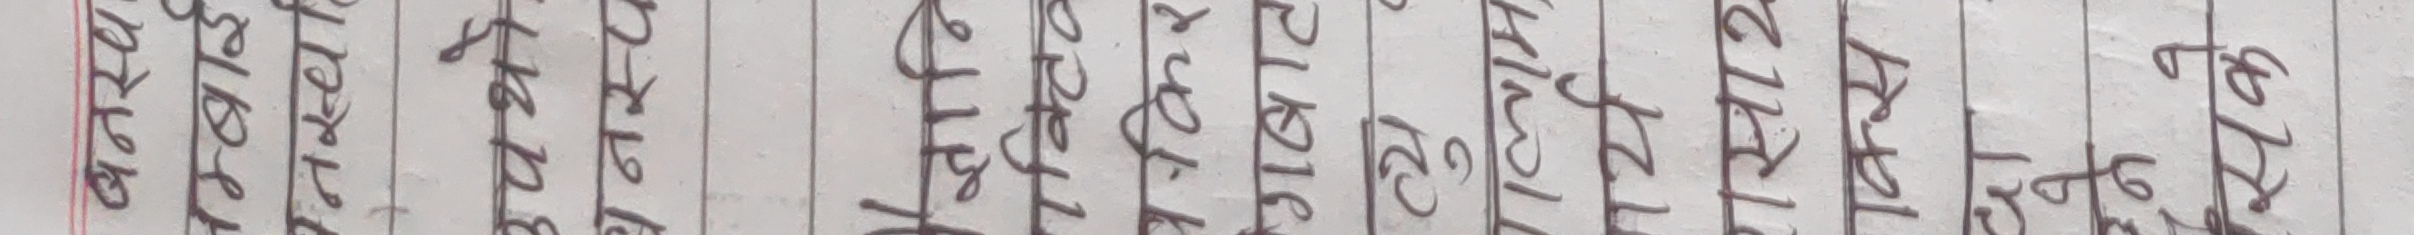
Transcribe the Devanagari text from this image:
आसन्न
पहाड़
भुइँ
प्रचण्ड
बृहत
पराजित
विजयी
१२८
माओवादी
१११
कांग्रेस
१३०
एमाले
१७८
राष्ट्रिय
स्वतन्त्र
दल
५३
आसन्न